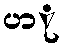
ပာု